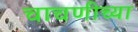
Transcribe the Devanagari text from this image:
चाचणीच्या